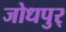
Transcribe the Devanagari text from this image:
जोधपुर्